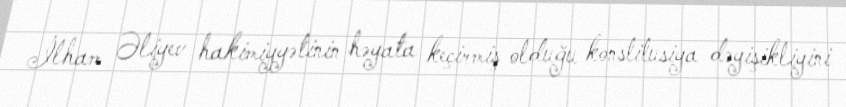
İlham Əliyev hakimiyyətinin həyata keçirmiş olduğu konstitusiya dəyişikliyini